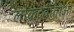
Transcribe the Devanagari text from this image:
लोकदेवाताओ